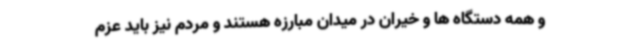
و همه دستگاه ها و خیران در میدان مبارزه هستند و مردم نیز باید عزم